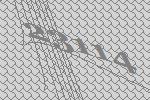
23114